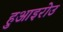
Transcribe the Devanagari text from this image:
हुआइरोउ